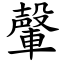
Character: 䡰